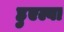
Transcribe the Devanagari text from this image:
हुएल्वा